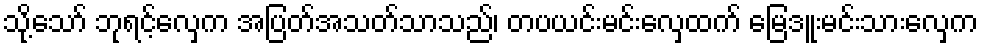
သို့သော် ဘုရင့်လှေက အပြတ်အသတ်သာသည်၊ တပယင်းမင်းလှေထက် မြေဒူးမင်းသားလှေက